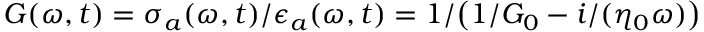
G ( \omega , t ) = \sigma _ { a } ( \omega , t ) / { \epsilon } _ { a } ( \omega , t ) = 1 / \big ( 1 / G _ { 0 } - i / ( \eta _ { 0 } \omega ) \big )